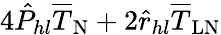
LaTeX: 4\hat{P}_{hl}\overline{{T}}_{\mathrm{N}}+2\hat{r}_{hl}\overline{{T}}_{\mathrm{LN}}